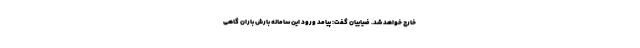
خارج خواهد شد. ضیاییان گفت: پیامد ورود این سامانه بارش باران گاهی